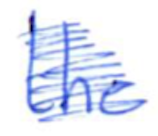
Text: the
Cross-out: scratch
Writing tool: ballpoint